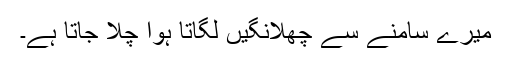
میرے سامنے سے چھلانگیں لگاتا ہوا چلا جاتا ہے۔